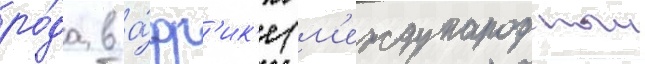
ро́да в а́фр'ик'е (м'еждународныи